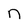
Character: n